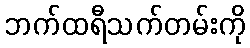
ဘက်ထရီသက်တမ်းကို